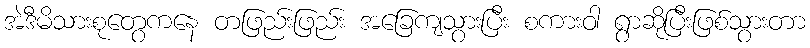
အဲဒီမိသားစုတွေကနေ တဖြည်းဖြည်း အခြေကျသွားပြီး စကားဝါ ရွာဆိုပြီးဖြစ်သွားတာ